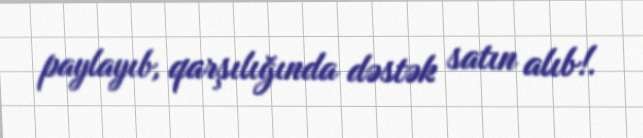
paylayıb, qarşılığında dəstək satın alıb!.